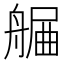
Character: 𦩯